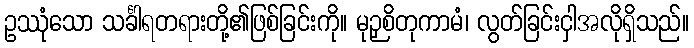
ဥဿုံသော သင်္ခါရတရားတို့၏ဖြစ်ခြင်းကို။ မုဉှစိတုကာမံ၊ လွတ်ခြင်းငှါအလိုရှိသည်။